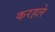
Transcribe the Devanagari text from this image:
करहले